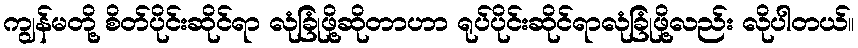
ကျွန်မတို့ စိတ်ပိုင်းဆိုင်ရာ လုံခြုံဖို့ဆိုတာဟာ ရုပ်ပိုင်းဆိုင်ရာလုံခြုံဖို့လည်း လိုပါတယ်။